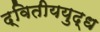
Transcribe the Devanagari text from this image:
द्वितीययुद्ध